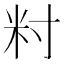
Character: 籿